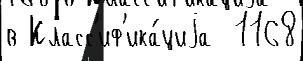
в Класс'иф'ика́циjа  1168